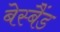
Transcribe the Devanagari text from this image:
बेस्बैंड